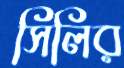
সিলির